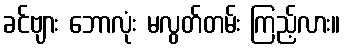
ခင်ဗျား ဘောလုံး မလွတ်တမ်း ကြည့်လား။